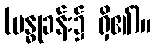
(ဗန္ဓုခန်း၌ ရှိ၏)။